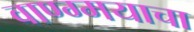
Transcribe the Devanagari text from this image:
वाण्ग्मयाचा